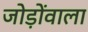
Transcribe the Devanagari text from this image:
जोड़ोंवाला